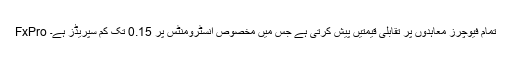
FxPro تمام فیوچرز معاہدوں پر تقابلی قیمتیں پیش کرتی ہے جس میں مخصوص انسٹرومنٹس پر 0.15 تک کم سپریڈز ہے۔